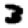
Digit: 3